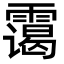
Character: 霭